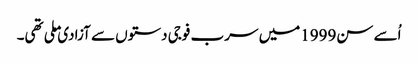
اُسے سن1999میں سرب فوجی دستوں سے آزادی ملی تھی۔